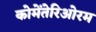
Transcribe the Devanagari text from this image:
कोमेंतेरिओरम